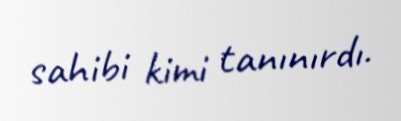
sahibi kimi tanınırdı.